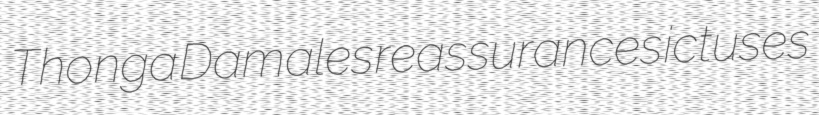
Thonga Damales reassurances ictuses